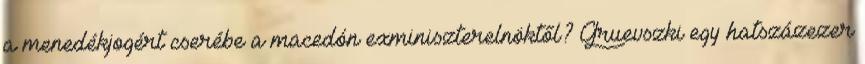
a menedékjogért cserébe a macedón exminiszterelnöktől? Gruevszki egy hatszázezer